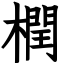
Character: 橍